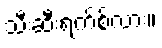
သီးဆီးရက်စ်လား။